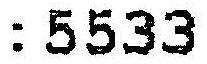
: 5533